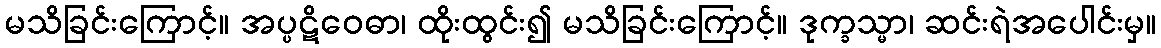
မသိခြင်းကြောင့်။ အပ္ပဋိဝေဓာ၊ ထိုးထွင်း၍ မသိခြင်းကြောင့်။ ဒုက္ခသ္မာ၊ ဆင်းရဲအပေါင်းမှ။